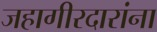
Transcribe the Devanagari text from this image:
जहागीरदारांना